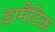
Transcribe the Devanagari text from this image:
ड्रामैटिक